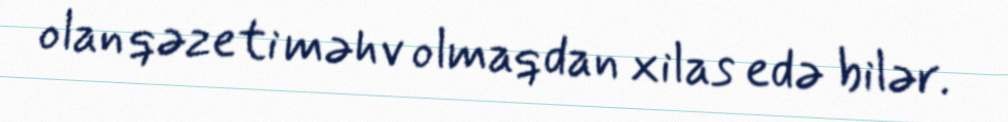
olan qəzeti məhv olmaqdan xilas edə bilər.